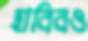
হাবিবও